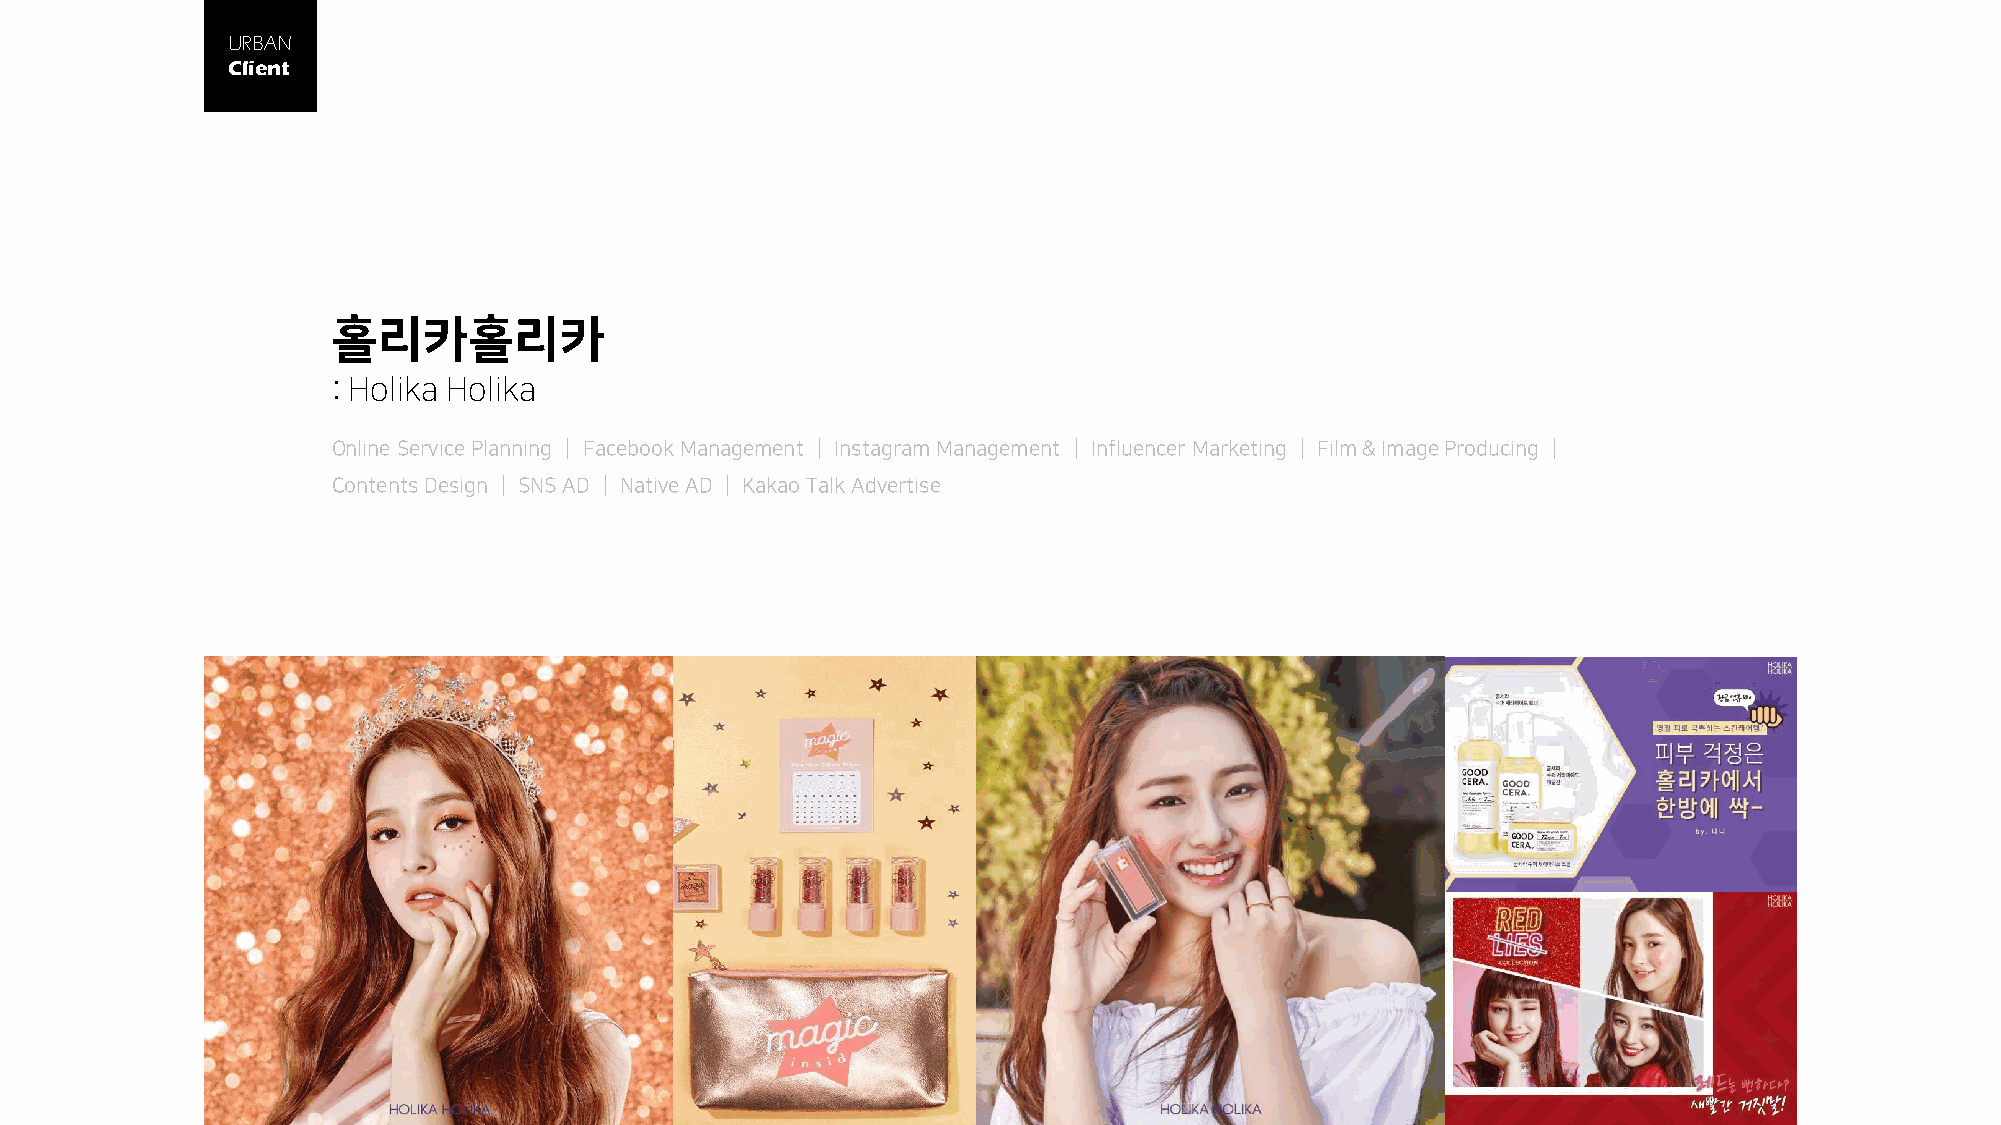
URBAN
 Client
 홀리카홀리카
 : Holika Holika
 Online Service Planning │ Facebook Management │ Instagram Management │ Influencer Marketing │ Film & Image Producing │
 Contents Design │ SNS AD │ Native AD │ Kakao Talk Advertise